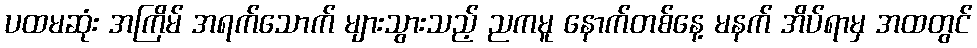
ပထမဆုံး အကြိမ် အရက်သောက် များသွားသည့် ညကမူ နောက်တစ်နေ့ မနက် အိပ်ရာမှ အထတွင်